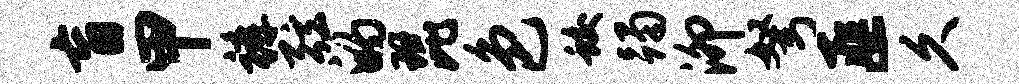
盲甲裤弦的琵色蛟躅泖弩匪久